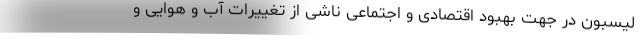
لیسبون در جهت بهبود اقتصادی و اجتماعی ناشی از تغییرات آب و هوایی و